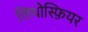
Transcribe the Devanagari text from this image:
लिथोस्फ़ियर